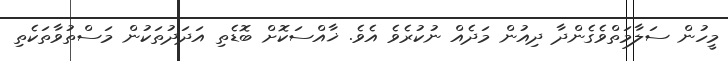
މީހުން ސަލާމަތްވެގެންދާ ދިއުން މަދެއް ނުކުރެވެ އެވެ. ޚާއްސަކޮށް ބޮޑެތި އަދަދުތަކުން މަސްތުވާތަކެތި